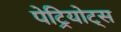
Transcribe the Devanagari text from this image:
पेट्रियोट्स